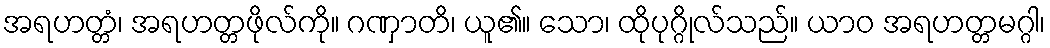
အရဟတ္တံ၊ အရဟတ္တဖိုလ်ကို။ ဂဏှာတိ၊ ယူ၏။ သော၊ ထိုပုဂ္ဂိုလ်သည်။ ယာဝ အရဟတ္တမဂ္ဂါ၊